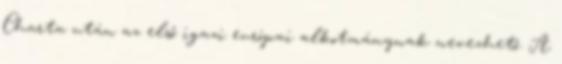
Charta után az első igazi európai alkotmánynak nevezhető. A